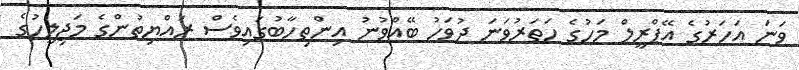
ވަނަ އަހަރުގެ އޭޕްރީލް މަހުގެ ހަތަރުވަނަ ދުވަހު ބޭއްވުނު އިންތިހާބުގައިވެސް ރައްޔިތުންގެ މަޖިލީހުގެ